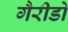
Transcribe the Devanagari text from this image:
गैरीडो